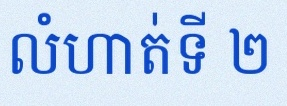
លំហាត់ទី ២